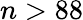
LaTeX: n>88